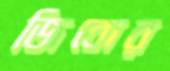
জিবোর